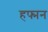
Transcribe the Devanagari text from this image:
हफ्मन